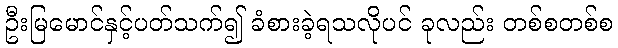
ဦးမြမောင်နှင့်ပတ်သက်၍ ခံစားခဲ့ရသလိုပင် ခုလည်း တစ်စတစ်စ